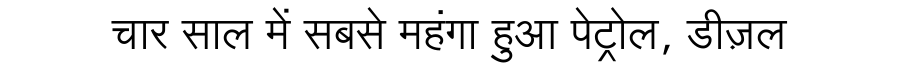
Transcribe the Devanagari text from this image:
चार साल में सबसे महंगा हुआ पेट्रोल, डीज़ल